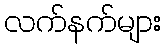
လက်နက်များ